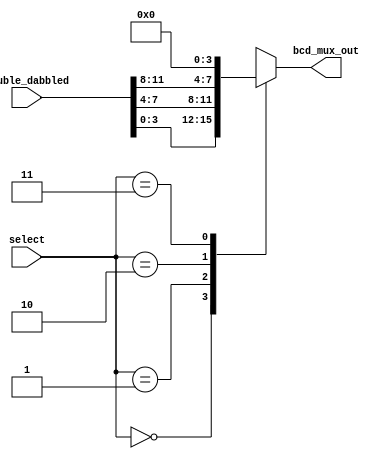
`timescale 1ns / 1ps
//////////////////////////////////////////////////////////////////////////////////
// Company: 
// Engineer: 
// 
// Design Name: 
// Module Name: bcd_mux
// Project Name: 
// Target Devices: 
// Tool Versions: 
// Description: 
// 
// Dependencies: 
// 
// Revision:
// Revision 0.01 - File Created
// Additional Comments:
// 
//////////////////////////////////////////////////////////////////////////////////


module bcd_mux(

    input[11:0] double_dabbled,
    input[1:0] select,
    output reg [3:0]bcd_mux_out

    );
    
     always @(double_dabbled, select) begin
    
        case(select)
            2'b00 : bcd_mux_out[3:0] = double_dabbled[3:0];
            2'b01 : bcd_mux_out[3:0] = double_dabbled[7:4];
            2'b10 : bcd_mux_out[3:0] = double_dabbled[11:8];
            2'b11 : bcd_mux_out[3:0] = 4'b0000;
        endcase 
    
    end
    
endmodule